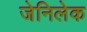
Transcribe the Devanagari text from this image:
जेनिलेक